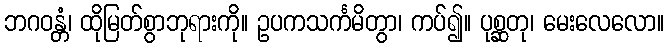
ဘဂဝန္တံ၊ ထိုမြတ်စွာဘုရားကို။ ဥပကသင်္ကမိတွာ၊ ကပ်၍။ ပုစ္ဆတု၊ မေးလေလော။